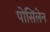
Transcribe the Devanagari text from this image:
पोसिंलेन